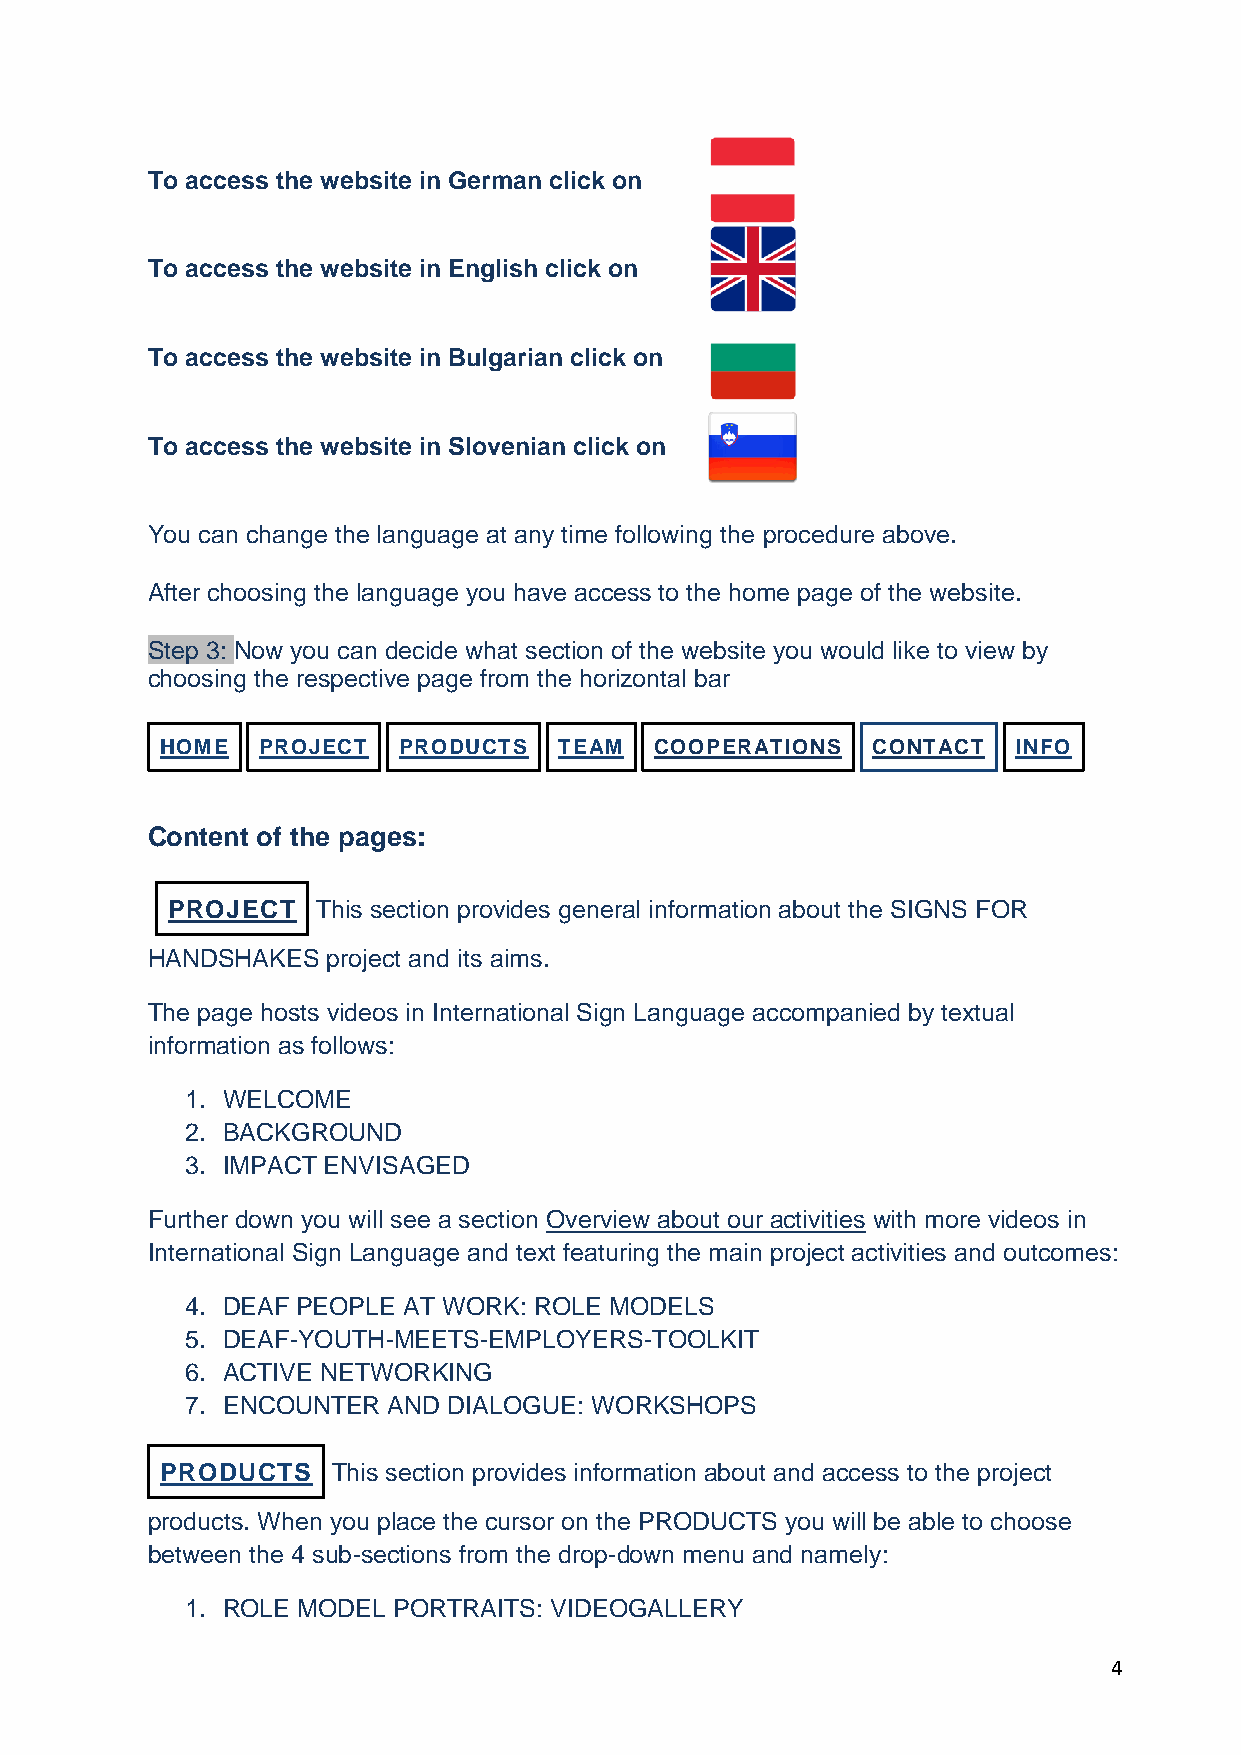
To access the website in German click on
 To access the website in English click on
 To access the website in Bulgarian click on
 To access the website in Slovenian click on
 You can change the language at any time following the procedure above.
 After choosing the language you have access to the home page of the website.
 Step 3: Now you can decide what section of the website you would like to view by
 choosing the respective page from the horizontal bar
 HOME  PROJECT  PRODUCTS   TEAM  COOPERATIONS   CONTACT  INFO
 Content of the pages:
 PROJECT   This section provides general information about the SIGNS FOR
 HANDSHAKES  project and its aims.
 The page hosts videos in International Sign Language accompanied by textual
 information as follows:
 1. WELCOME
 2. BACKGROUND
 3. IMPACT ENVISAGED
 Further down you will see a section Overview about our activities with more videos in
 International Sign Language and text featuring the main project activities and outcomes:
 4. DEAF PEOPLE AT WORK: ROLE MODELS
 5. DEAF-YOUTH-MEETS-EMPLOYERS-TOOLKIT
 6. ACTIVE NETWORKING
 7. ENCOUNTER  AND DIALOGUE: WORKSHOPS
 PRODUCTS   This section provides information about and access to the project
 products. When you place the cursor on the PRODUCTS you will be able to choose
 between the 4 sub-sections from the drop-down menu and namely:
 1. ROLE MODEL PORTRAITS: VIDEOGALLERY
 4